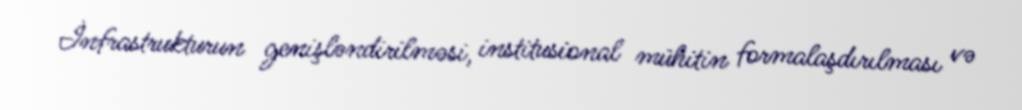
İnfrastrukturun genişləndirilməsi, institusional mühitin formalaşdırılması və